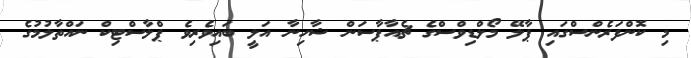
މި ކޮންފަރެންސްގައި ޕާލޭ މޯލްޑިވްސްގެ ޗެއާޕާސަން ޝާހިނާ އަލީ ބައިވެރިވެ ޕްލާސްޓިކް ނައްތާލުމުގެ